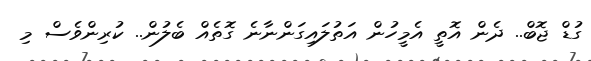
ގުޑް ޖޮބް.. ދެން އޮތީ އެމީހުން އަތުލައިގަންނާނެ ގޮތެއް ބެލުން.. ކުރިންވެސް މި